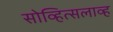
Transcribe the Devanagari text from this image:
सोव्हित्सलाव्ह